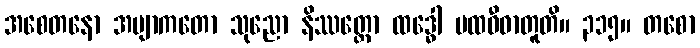
အစေတနော အဗျာကတော သုညော နိဿတ္တော ထဒ္ဓေါ ပထဝီဓာတူတိ။ ၃၁၅။ တစော